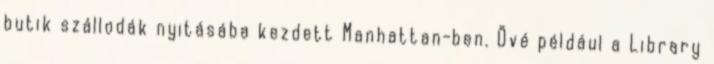
butik szállodák nyitásába kezdett Manhattan-ben. Övé például a Library